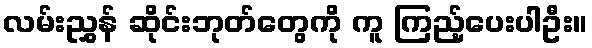
လမ်းညွှန် ဆိုင်းဘုတ်တွေကို ကူ ကြည့်ပေးပါဦး။